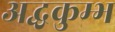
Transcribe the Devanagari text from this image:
अद्धकुम्भ